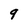
Character: q